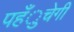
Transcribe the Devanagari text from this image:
पहँुचेगी